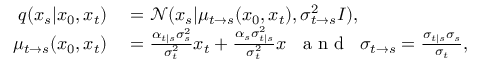
\begin{array} { r l } { q ( x _ { s } | x _ { 0 } , x _ { t } ) } & { { } = \mathcal { N } ( x _ { s } | \mu _ { t \rightarrow s } ( x _ { 0 } , x _ { t } ) , \sigma _ { t \rightarrow s } ^ { 2 } I ) , } \\ { \mu _ { t \rightarrow s } ( x _ { 0 } , x _ { t } ) } & { { } = \frac { \alpha _ { t | s } \sigma _ { s } ^ { 2 } } { \sigma _ { t } ^ { 2 } } x _ { t } + \frac { \alpha _ { s } \sigma _ { t | s } ^ { 2 } } { \sigma _ { t } ^ { 2 } } x \; \; \mathrm { ~ a ~ n ~ d ~ } \; \; \sigma _ { t \rightarrow s } = \frac { \sigma _ { t | s } \sigma _ { s } } { \sigma _ { t } } , } \end{array}